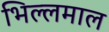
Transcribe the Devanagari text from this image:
भिल्लमाल